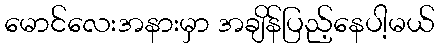
မောင်လေးအနားမှာ အချိန်ပြည့်နေပါ့မယ်